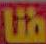
فنا